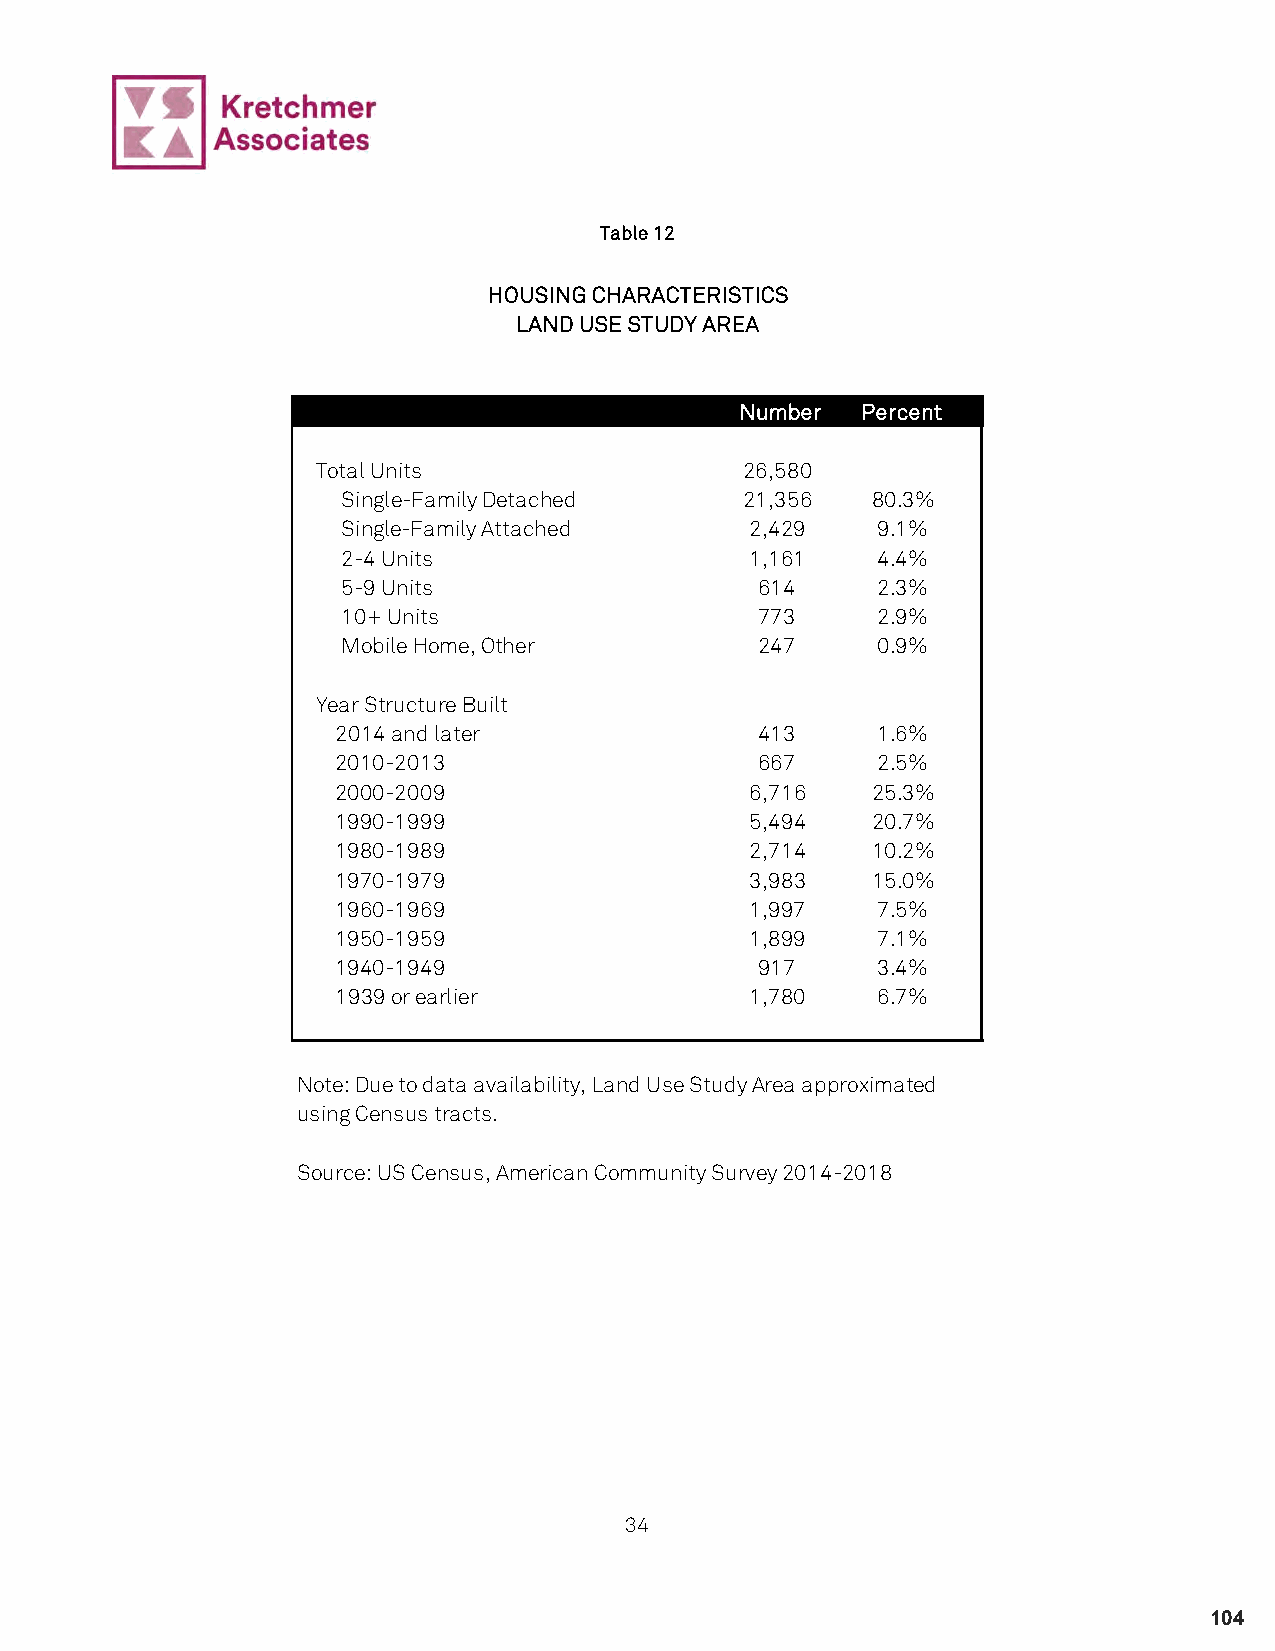
Table 12
 HOUSING CHARACTERISTICS
 LAND USE STUDY AREA
 Number  Percent
 Total Units                 26,580
 Single-Family Detached    21,356   80.3%
 Single-Family Attached     2,429   9.1%
 2-4 Units                  1,161   4.4%
 5-9 Units                  614     2.3%
 10+ Units                  773     2.9%
 Mobile Home, Other         247     0.9%
 Year Structure Built
 2014 and later              413     1.6%
 2010-2013                   667     2.5%
 2000-2009                   6,716   25.3%
 1990-1999                   5,494   20.7%
 1980-1989                   2,714   10.2%
 1970-1979                   3,983   15.0%
 1960-1969                   1,997   7.5%
 1950-1959                   1,899   7.1%
 1940-1949                   917     3.4%
 1939 or earlier             1,780   6.7%
 Note: Due to data availability, Land Use Study Area approximated
 using Census tracts.
 Source: US Census, American Community Survey 2014-2018
 34
 104